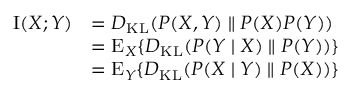
{ \begin{array} { r l } { \operatorname { I } ( X ; Y ) } & { = D _ { \mathrm { K L } } ( P ( X , Y ) \parallel P ( X ) P ( Y ) ) } \\ & { = \operatorname { E } _ { X } \{ D _ { \mathrm { K L } } ( P ( Y \mid X ) \parallel P ( Y ) ) \} } \\ & { = \operatorname { E } _ { Y } \{ D _ { \mathrm { K L } } ( P ( X \mid Y ) \parallel P ( X ) ) \} } \end{array} }